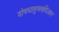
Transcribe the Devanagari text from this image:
दोषधातुमलविज्ञान